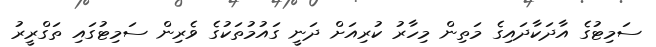
ސަމިޓުގެ އާދަކާދައިގެ މަތިން މިހާރު ކުރިއަށް ދަނީ ގައުމުތަކުގެ ވެރިން ސަމިޓުގައި ތަގްރީރު